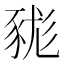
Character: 𧱓